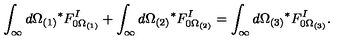
\int _ { \infty } d \Omega _ { ( 1 ) } { } ^ { * } F _ { 0 \Omega _ { ( 1 ) } } ^ { I } + \int _ { \infty } d \Omega _ { ( 2 ) } { } ^ { * } F _ { 0 \Omega _ { ( 2 ) } } ^ { I } = \int _ { \infty } d \Omega _ { ( 3 ) } { } ^ { * } F _ { 0 \Omega _ { ( 3 ) } } ^ { I } .